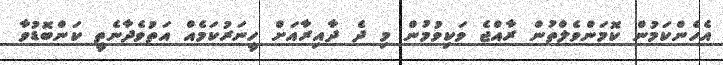
އެހެންކަމުން ކޮމަންވެލްތުން ރާއްޖެ ވަކިވުމުން މި ދެ ދާއިރާއަށް ހީނަރުކަމެއް އަތުވެދާނެތީ ކަންބޮޑުވާ